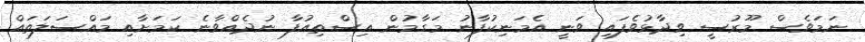
ނަމަވެސް މޫރުސީ ވިދާޅުވެފައި ވަނީ އެމަނިކުފާނު މަގާމުން އިސްތިއުފާ ނުދެއްވާނެ ކަމަށާއި މައްސަލަތައް